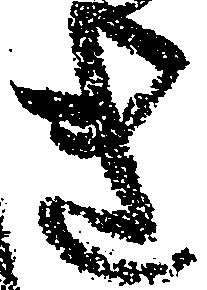
き